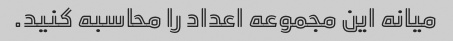
میانه این مجموعه اعداد را محاسبه کنید.